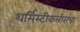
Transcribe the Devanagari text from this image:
थर्मिस्टीकलीसचा